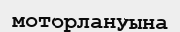
моторлануына